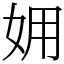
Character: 𡛾